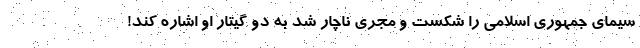
سیمای جمهوری اسلامی را شکست و مجری ناچار شد به دو گیتار او اشاره کند!